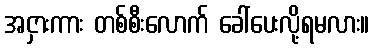
အငှားကား တစ်စီးလောက် ခေါ်ပေးလို့ရမလား။